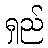
ရှည်